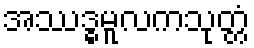
အဿဒ္ဓမူလကသုတ္တံ